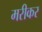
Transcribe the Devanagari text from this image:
मरीकर